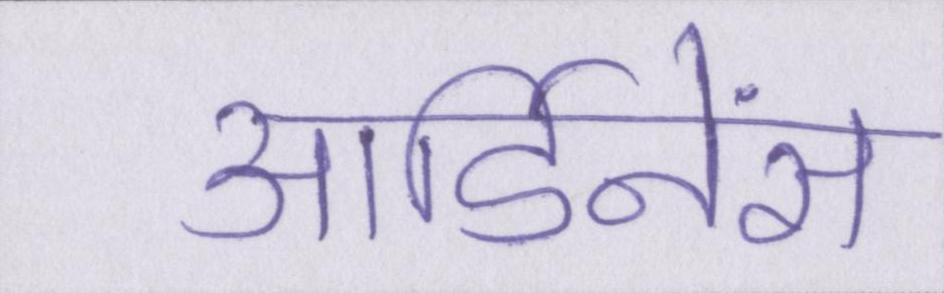
आर्डिनेंस